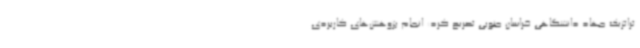
تراتژیک جهاد دانشگاهی خراسان جنوبی تصریح کرد: انجام پژوهش‌های کاربردی